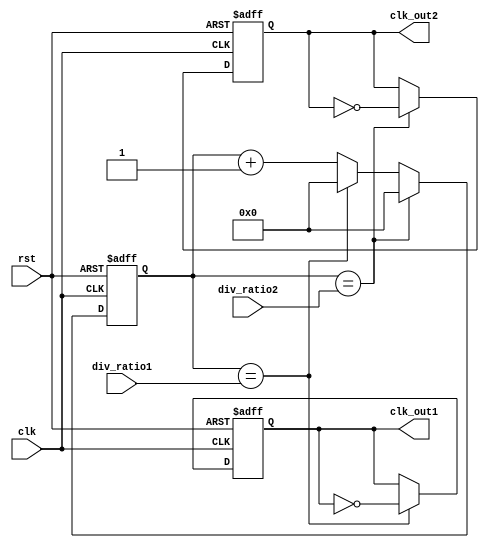
module dual_modulus_clock_divider (
  input clk,
  input rst,
  input [7:0] div_ratio1,
  input [7:0] div_ratio2,
  output reg clk_out1,
  output reg clk_out2
);

reg [7:0] counter;

always @(posedge clk or posedge rst) begin
  if (rst) begin
    counter <= 8'b0;
    clk_out1 <= 1'b0;
    clk_out2 <= 1'b0;
  end else begin
    counter <= counter + 1;
    if (counter == div_ratio1) begin
      clk_out1 <= ~clk_out1;
      counter <= 8'b0;
    end
    if (counter == div_ratio2) begin
      clk_out2 <= ~clk_out2;
      counter <= 8'b0;
    end
  end
end

endmodule